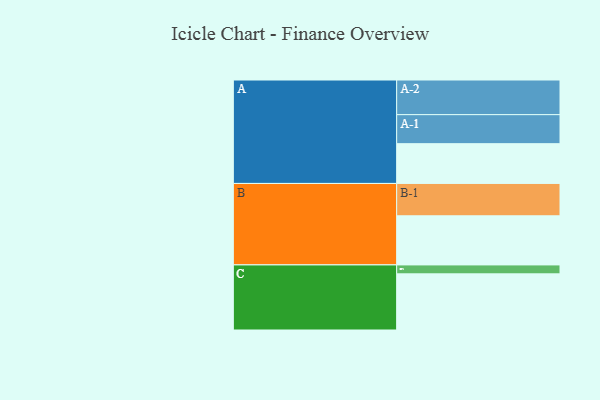
{"axis": {"x": "Segment", "y": "Value"}, "legend": ["", "A", "B", "C"], "data": [{"x": "A", "y": 311, "type": ""}, {"x": "B", "y": 384, "type": ""}, {"x": "C", "y": 439, "type": ""}, {"x": "A-1", "y": 227, "type": "A"}, {"x": "A-2", "y": 271, "type": "A"}, {"x": "B-1", "y": 253, "type": "B"}, {"x": "C-1", "y": 70, "type": "C"}]}